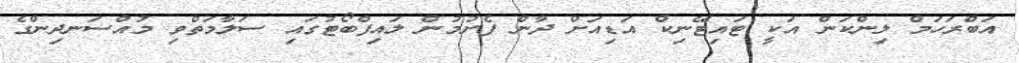
އަބްރަހަމް ލިންކަން އަކީ ޓައިޓޭނިކް އަޑިއަށް ދާން ފެށުމުން ލައިފްބޯޓުގައި ސަލާމަތްވި މުއްސަނދިންގެ